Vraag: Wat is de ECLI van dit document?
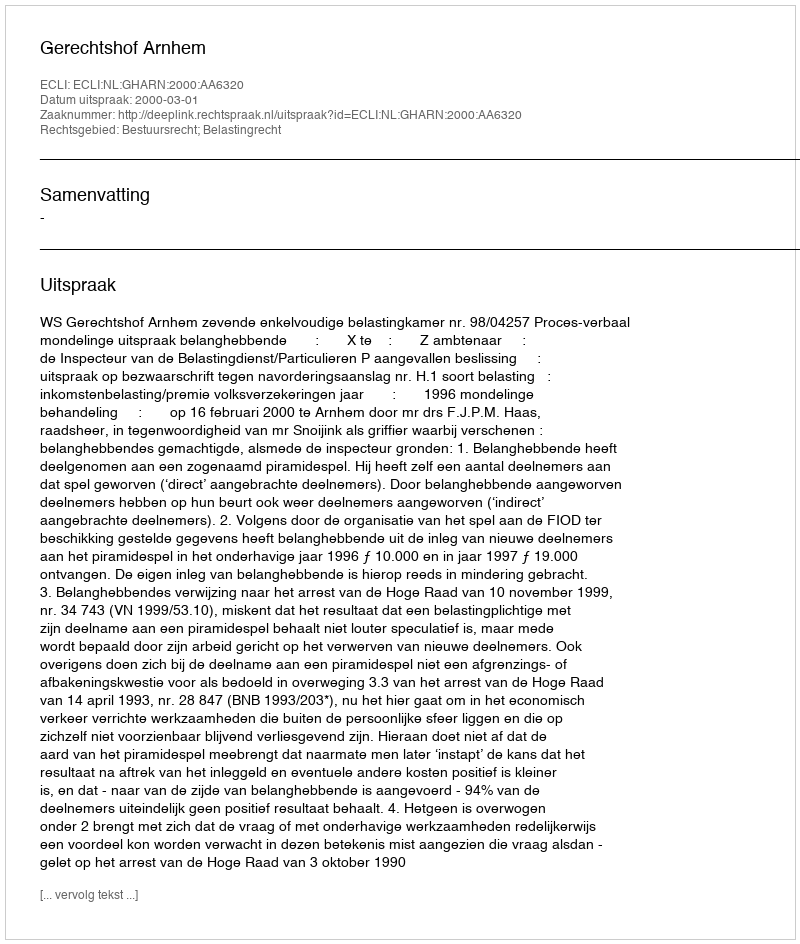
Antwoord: ECLI:NL:GHARN:2000:AA6320